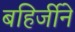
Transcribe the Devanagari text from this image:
बहिर्जीने